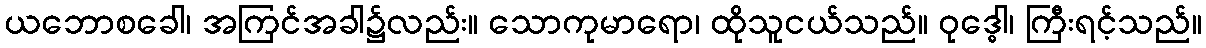
ယဘောစခေါ၊ အကြင်အခါ၌လည်း။ သောကုမာရော၊ ထိုသူငယ်သည်။ ဝုဒ္ဓေါ၊ ကြီးရင့်သည်။